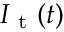
I _ { \mathrm { ~ t ~ } } ( t )